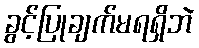
ခွင့်ပြုချက်မရရှိဘဲ